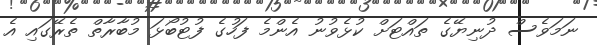
ނަމަވެސް ދުނިޔޭގެ ތައްޓަށް ކުޅެވުނު އެންމެ ފަހުގެ ފުޓުބޯޅަ މުބާރާތް ތެރޭގައި އެ